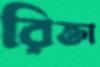
রিক্তা